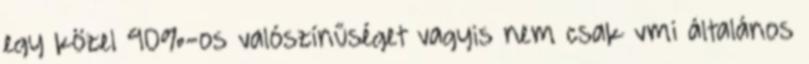
egy közel 90%-os valószínűséget vagyis nem csak vmi általános